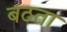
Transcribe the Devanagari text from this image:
बठता